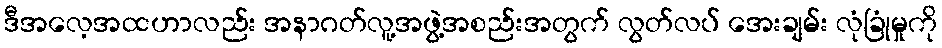
ဒီအလေ့အထဟာလည်း အနာဂတ်လူ့အဖွဲ့အစည်းအတွက် လွတ်လပ် အေးချမ်း လုံခြုံမှုကို